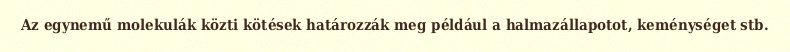
Az egynemű molekulák közti kötések határozzák meg például a halmazállapotot, keménységet stb.